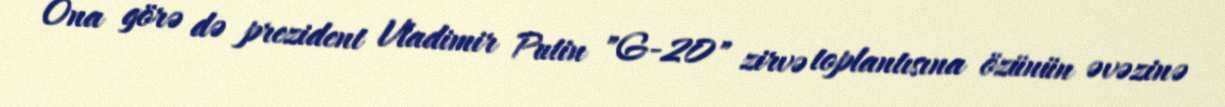
Ona görə də prezident Vladimir Putin "G-20" zirvə toplantısına özünün əvəzinə